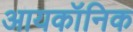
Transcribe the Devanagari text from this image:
आयकॉनिक